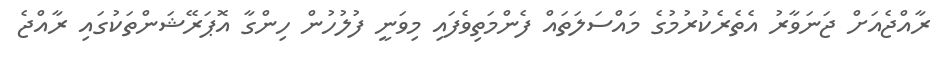
ރާއްޖެއަށް ޖަނަވާރު އެތެރެކުރުމުގެ މައްސަލަތައް ފެންމަތިވެފައި މިވަނީ ފުލުހުން ހިންގާ އޮޕަރޭޝަންތަކުގައި ރާއްޖެ